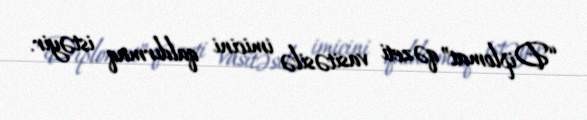
“Diplomat” qəzeti vasitəsilə imicini qaldırmaq istəyir.